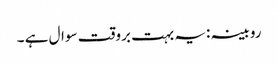
روبینہ :یہ بہت بروقت سوال ہے ۔